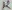
Text: 12